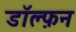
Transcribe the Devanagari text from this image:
डॉल्फ़न